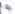
אות: ג